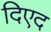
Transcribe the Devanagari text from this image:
दिएद